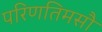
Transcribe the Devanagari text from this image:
परिणतिमसौ